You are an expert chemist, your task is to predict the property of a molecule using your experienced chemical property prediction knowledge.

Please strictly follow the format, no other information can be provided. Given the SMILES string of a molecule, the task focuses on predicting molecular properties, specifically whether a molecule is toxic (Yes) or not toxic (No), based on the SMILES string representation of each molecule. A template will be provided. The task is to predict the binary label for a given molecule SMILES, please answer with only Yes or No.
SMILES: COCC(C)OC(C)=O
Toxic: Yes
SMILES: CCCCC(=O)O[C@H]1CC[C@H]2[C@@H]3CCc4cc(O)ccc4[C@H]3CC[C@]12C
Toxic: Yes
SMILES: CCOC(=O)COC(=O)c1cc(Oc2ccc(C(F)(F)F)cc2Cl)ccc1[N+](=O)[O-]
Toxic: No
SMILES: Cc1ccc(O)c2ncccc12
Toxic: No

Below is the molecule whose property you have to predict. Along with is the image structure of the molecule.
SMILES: CCOP(=O)(Cl)Cl
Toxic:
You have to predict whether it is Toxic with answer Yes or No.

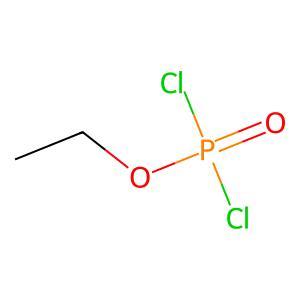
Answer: No